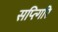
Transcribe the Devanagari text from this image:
सप्त्गिरि